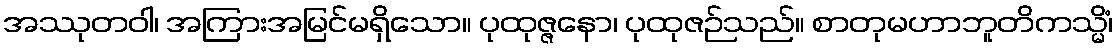
အဿုတဝါ၊ အကြားအမြင်မရှိသော။ ပုထုဇ္ဇနော၊ ပုထုဇဉ်သည်။ စာတုမဟာဘူတိကသ္မိံ၊